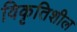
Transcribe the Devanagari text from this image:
विकृतिशील